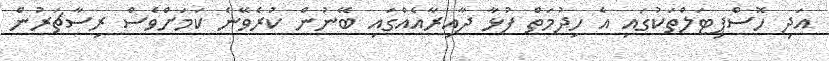
އަދި ހޮސްޕިޓަލްތަކުގައި އެ ހިދުމަތް ފުޅާ ދާއިރާއެއްގައި ބޭނުން ކުރެވޭނެ ކަމަށްވެސް ރިސާޗަރުން